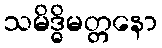
သမိဒ္ဓိမတ္တနော